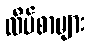
လိပ်စာများ